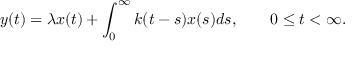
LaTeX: y ( t ) = \lambda x ( t ) + \int _ { 0 } ^ { \infty } k ( t - s ) x ( s ) d s , \qquad 0 \leq t < \infty .